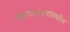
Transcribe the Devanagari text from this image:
महाजनपदांमधील